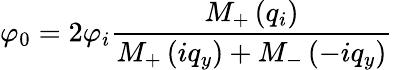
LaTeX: \varphi_{0}=2{{\varphi}_{i}}\frac{{{M}_{+}}\left({{q}_{i}}\right)}{{{M}_{+}}\left(i{{q}_{y}}\right)+{{M}_{-}}\left(-i{{q}_{y}}\right)}